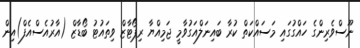
ނޫސްވެރިންގެ ހައްގުގައި މަސައްކަތް ކުރާ ބައިނަލްއަގުވާމީ ޖަމިއްޔާ ރިޕޯޓާޒް ވިތައުޓު ބޯޑާޒް (އާރުއެސްއެފް)އިން